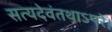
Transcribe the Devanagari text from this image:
सत्यदेवंतथाऽपरे।